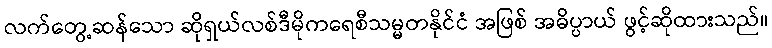
လက်တွေ့ဆန်သော ဆိုရှယ်လစ်ဒီမိုကရေစီသမ္မတနိုင်ငံ အဖြစ် အဓိပ္ပာယ် ဖွင့်ဆိုထားသည်။